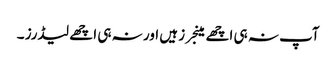
آپ نہ ہی اچھے مینجرز ہیں اور نہ ہی اچھے لیڈرز ۔